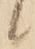
候